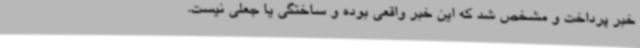
خبر پرداخت و مشخص شد که این خبر واقعی بوده و ساختگی یا جعلی نیست.